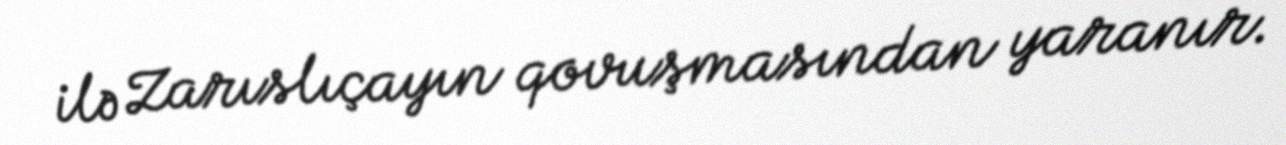
ilə Zarıslıçayın qovuşmasından yaranır.